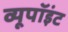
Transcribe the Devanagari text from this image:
व्यूपॉइंट